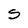
Character: S